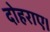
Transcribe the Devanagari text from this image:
दोहराए।